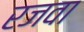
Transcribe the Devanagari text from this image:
रजवा